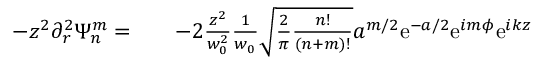
\begin{array} { r l r } { - z ^ { 2 } \partial _ { r } ^ { 2 } \Psi _ { n } ^ { m } = } & { { } } & { - 2 \frac { z ^ { 2 } } { w _ { 0 } ^ { 2 } } \frac { 1 } { w _ { 0 } } \sqrt { \frac { 2 } { \pi } \frac { n ! } { ( n + m ) ! } } a ^ { m / 2 } \mathrm { e } ^ { - a / 2 } \mathrm { e } ^ { i m \phi } \mathrm { e } ^ { i k z } } \end{array}